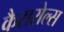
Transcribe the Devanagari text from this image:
कैसरोल्स